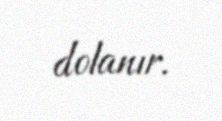
dolanır.